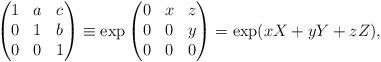
LaTeX: \begin{align*}\begin{pmatrix} 1 & a & c \\ 0 & 1 & b \\ 0 & 0 & 1 \\\end{pmatrix}\equiv\exp\begin{pmatrix} 0 & x & z \\ 0 & 0 & y \\ 0 & 0 & 0 \\\end{pmatrix}=\exp(xX+yY+zZ),\end{align*}